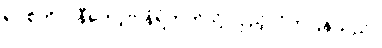
ရပ်စ်ကိုလ်နီကော့ဗ် နံရံဘက်သို့ လှည့်လိုက်ပြန်သည်။